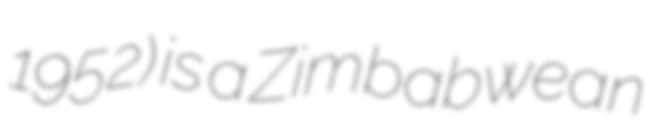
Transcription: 1952) is a Zimbabwean